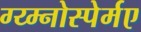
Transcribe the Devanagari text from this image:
ग्य्म्नोस्पेर्मए